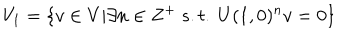
LaTeX: V _ { 1 } = \{ v \in V | \exists n \in Z ^ { + } \ s . t . \ U ( 1 , 0 ) ^ { n } v = 0 \}